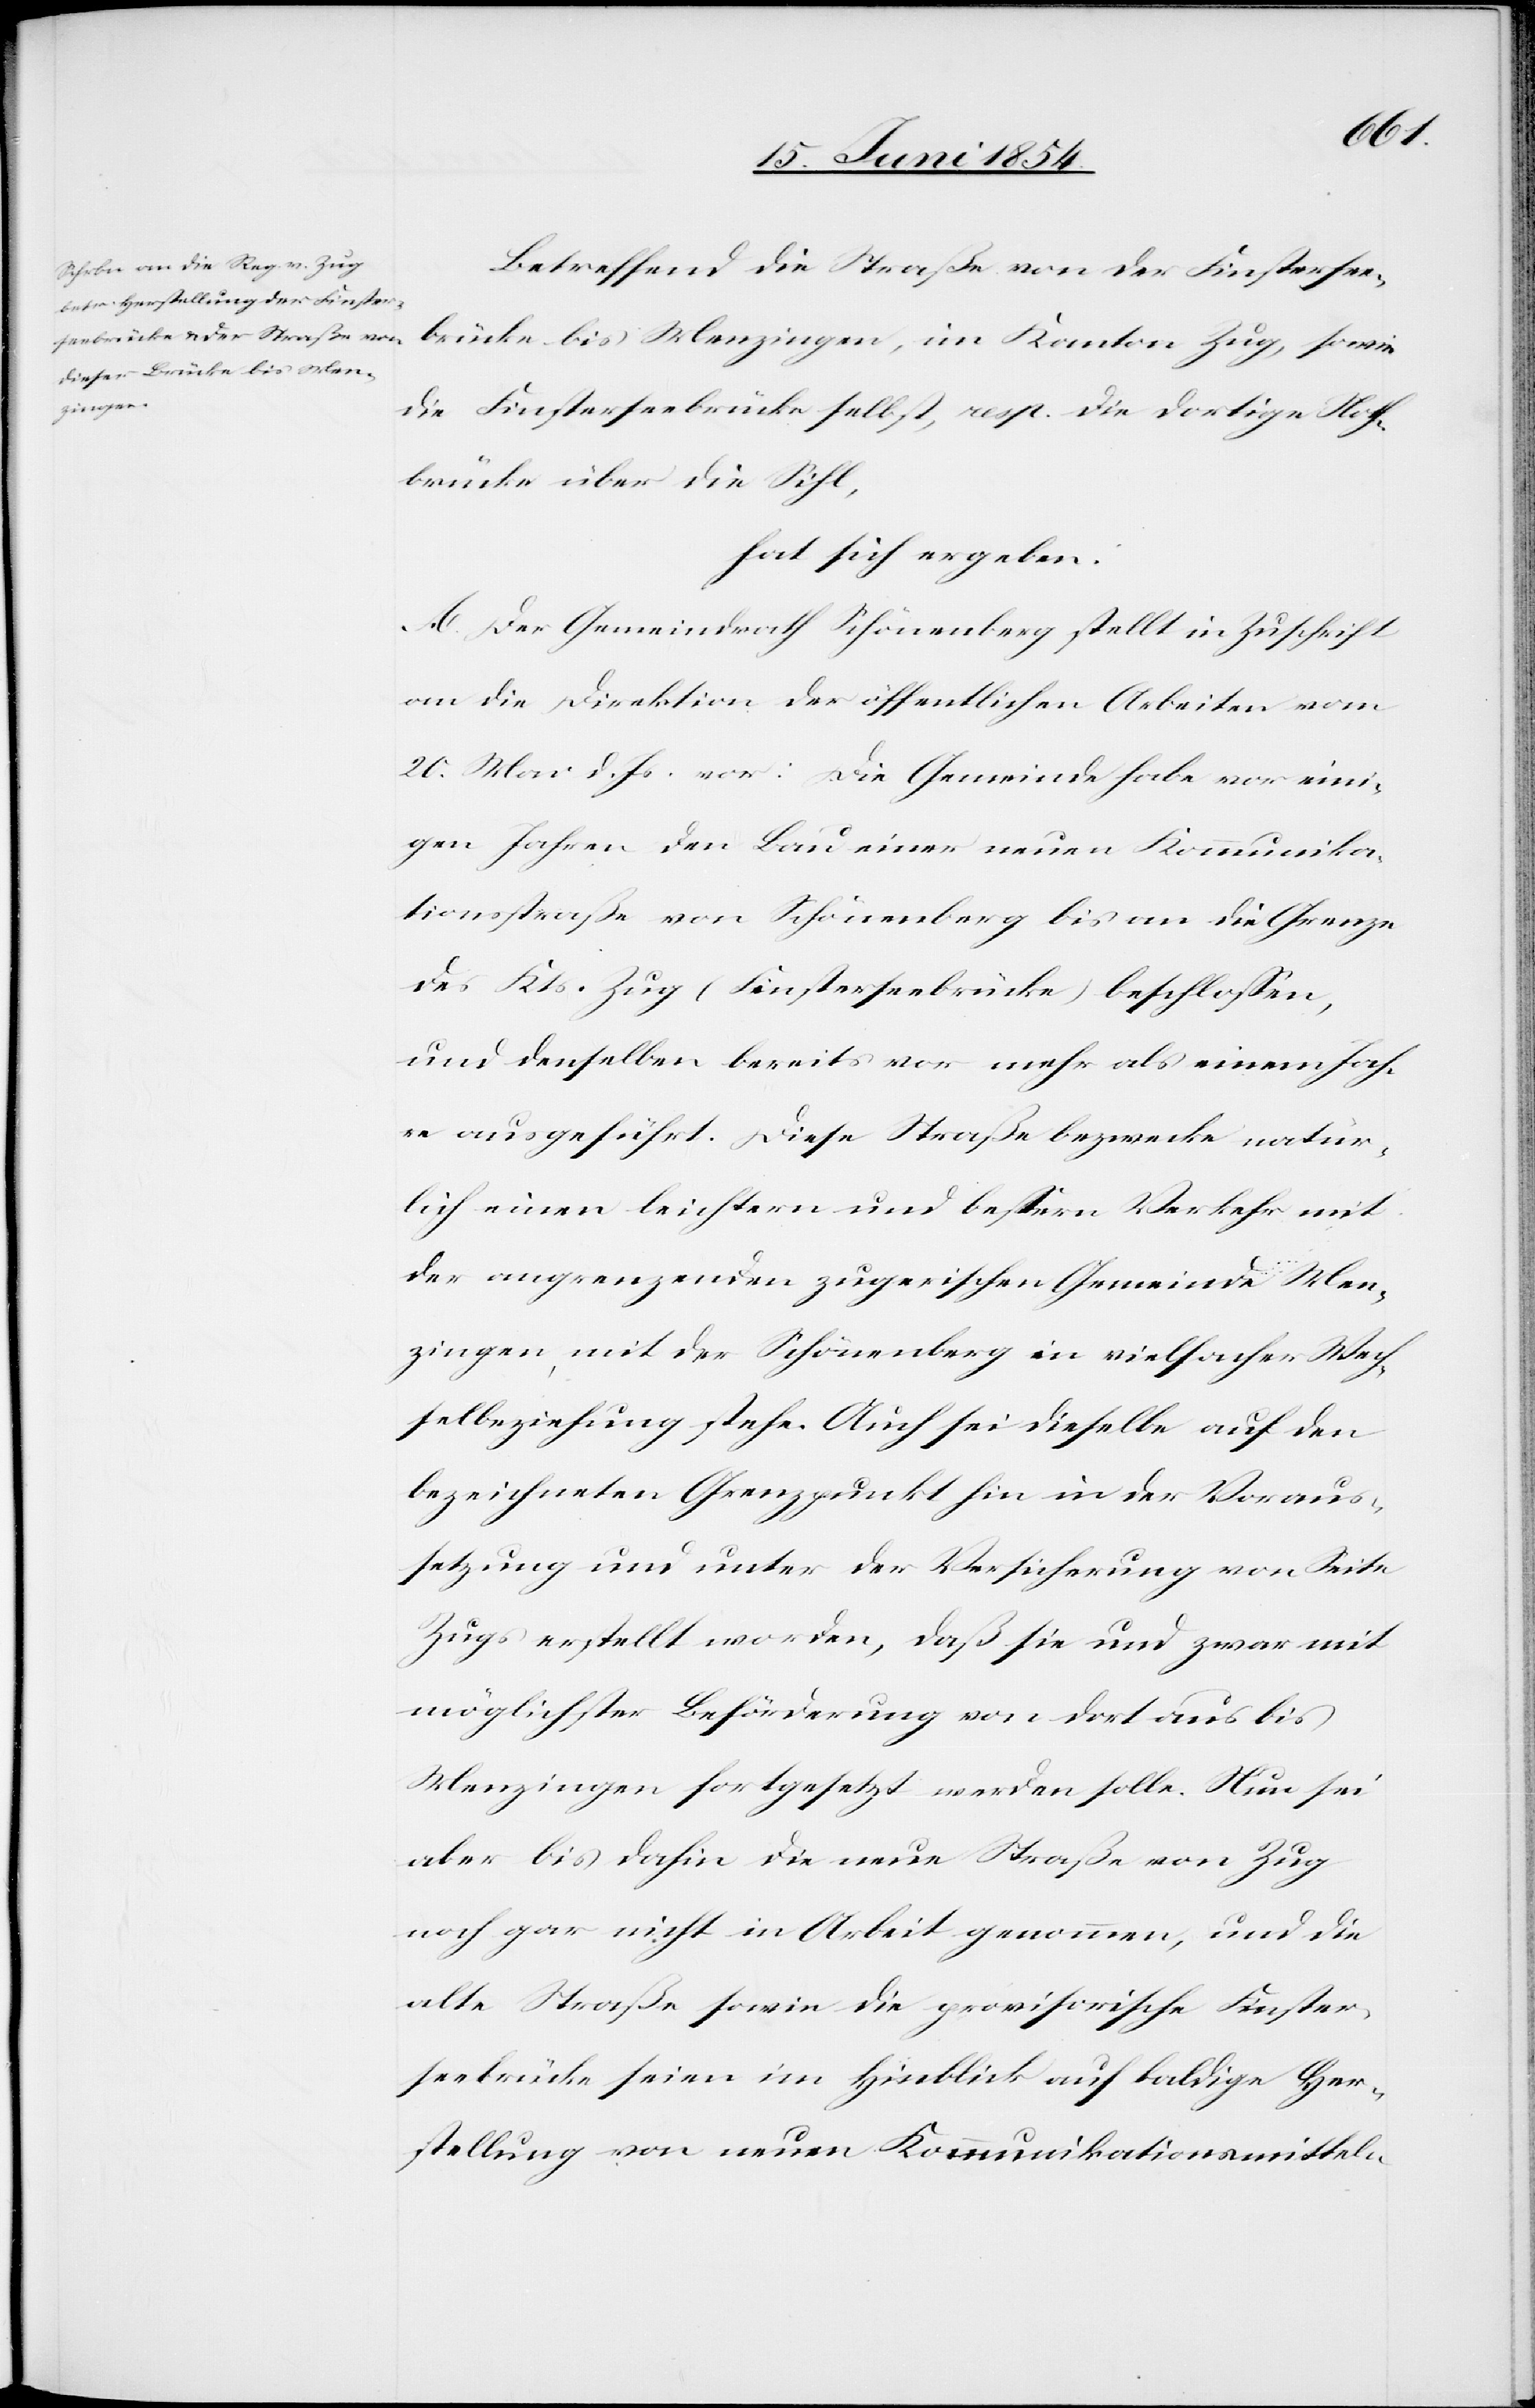
Betreffend die Straße von der Finstersee¬
brücke bis Menzingen, im Kanton Zug, sowie
die Finsterseebrücke selbst, resp. die dortige Noth¬
brücke über die Sihl,
hat sich ergeben:
A. Der Gemeindrath Schönenberg stellt in Zuschrift
an die Direktion der öffentlichen Arbeiten vom
20. Mai d. Js. vor: Die Gemeinde habe vor eini¬
gen Jahren den Bau einer neuen Kommunika¬
tionsstraße von Schönenberg bis an die Grenze
des Kts. Zug (Finsterseebrücke) beschloßen,
und denselben bereits vor mehr als einem Jah¬
re ausgeführt. Diese Straße bezwecke natür¬
lich einen leichtern und beßern Verkehr mit
der angrenzenden zugerischen Gemeinde Men¬
zingen mit der Schönenberg in vielfacher Wech¬
selbeziehung stehe. Auch sei dieselbe auf den
bezeichneten Grenzpunkt hin in der Voraus¬
setzung und unter der Versicherung von Seite
Zugs erstellt worden, daß sie und zwar mit
möglichster Beförderung von dort aus bis
Menzingen fortgesetzt werden solle. Nun sei
aber bis dahin die neue Straße von Zug
noch gar nicht in Arbeit genommen, und die
alte Straße sowie die provisorische Finster¬
seebrücke seien im Hinblick auf baldige Her¬
stellung von neuen Kommunikationsmitteln